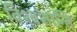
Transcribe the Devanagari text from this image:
विश्वशान्ति